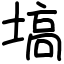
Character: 塙